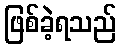
ဖြစ်ခဲ့ရသည်